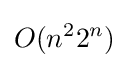
O(n^{2}2^{n})